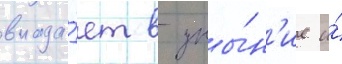
впада́ет в уны́н'ие и́